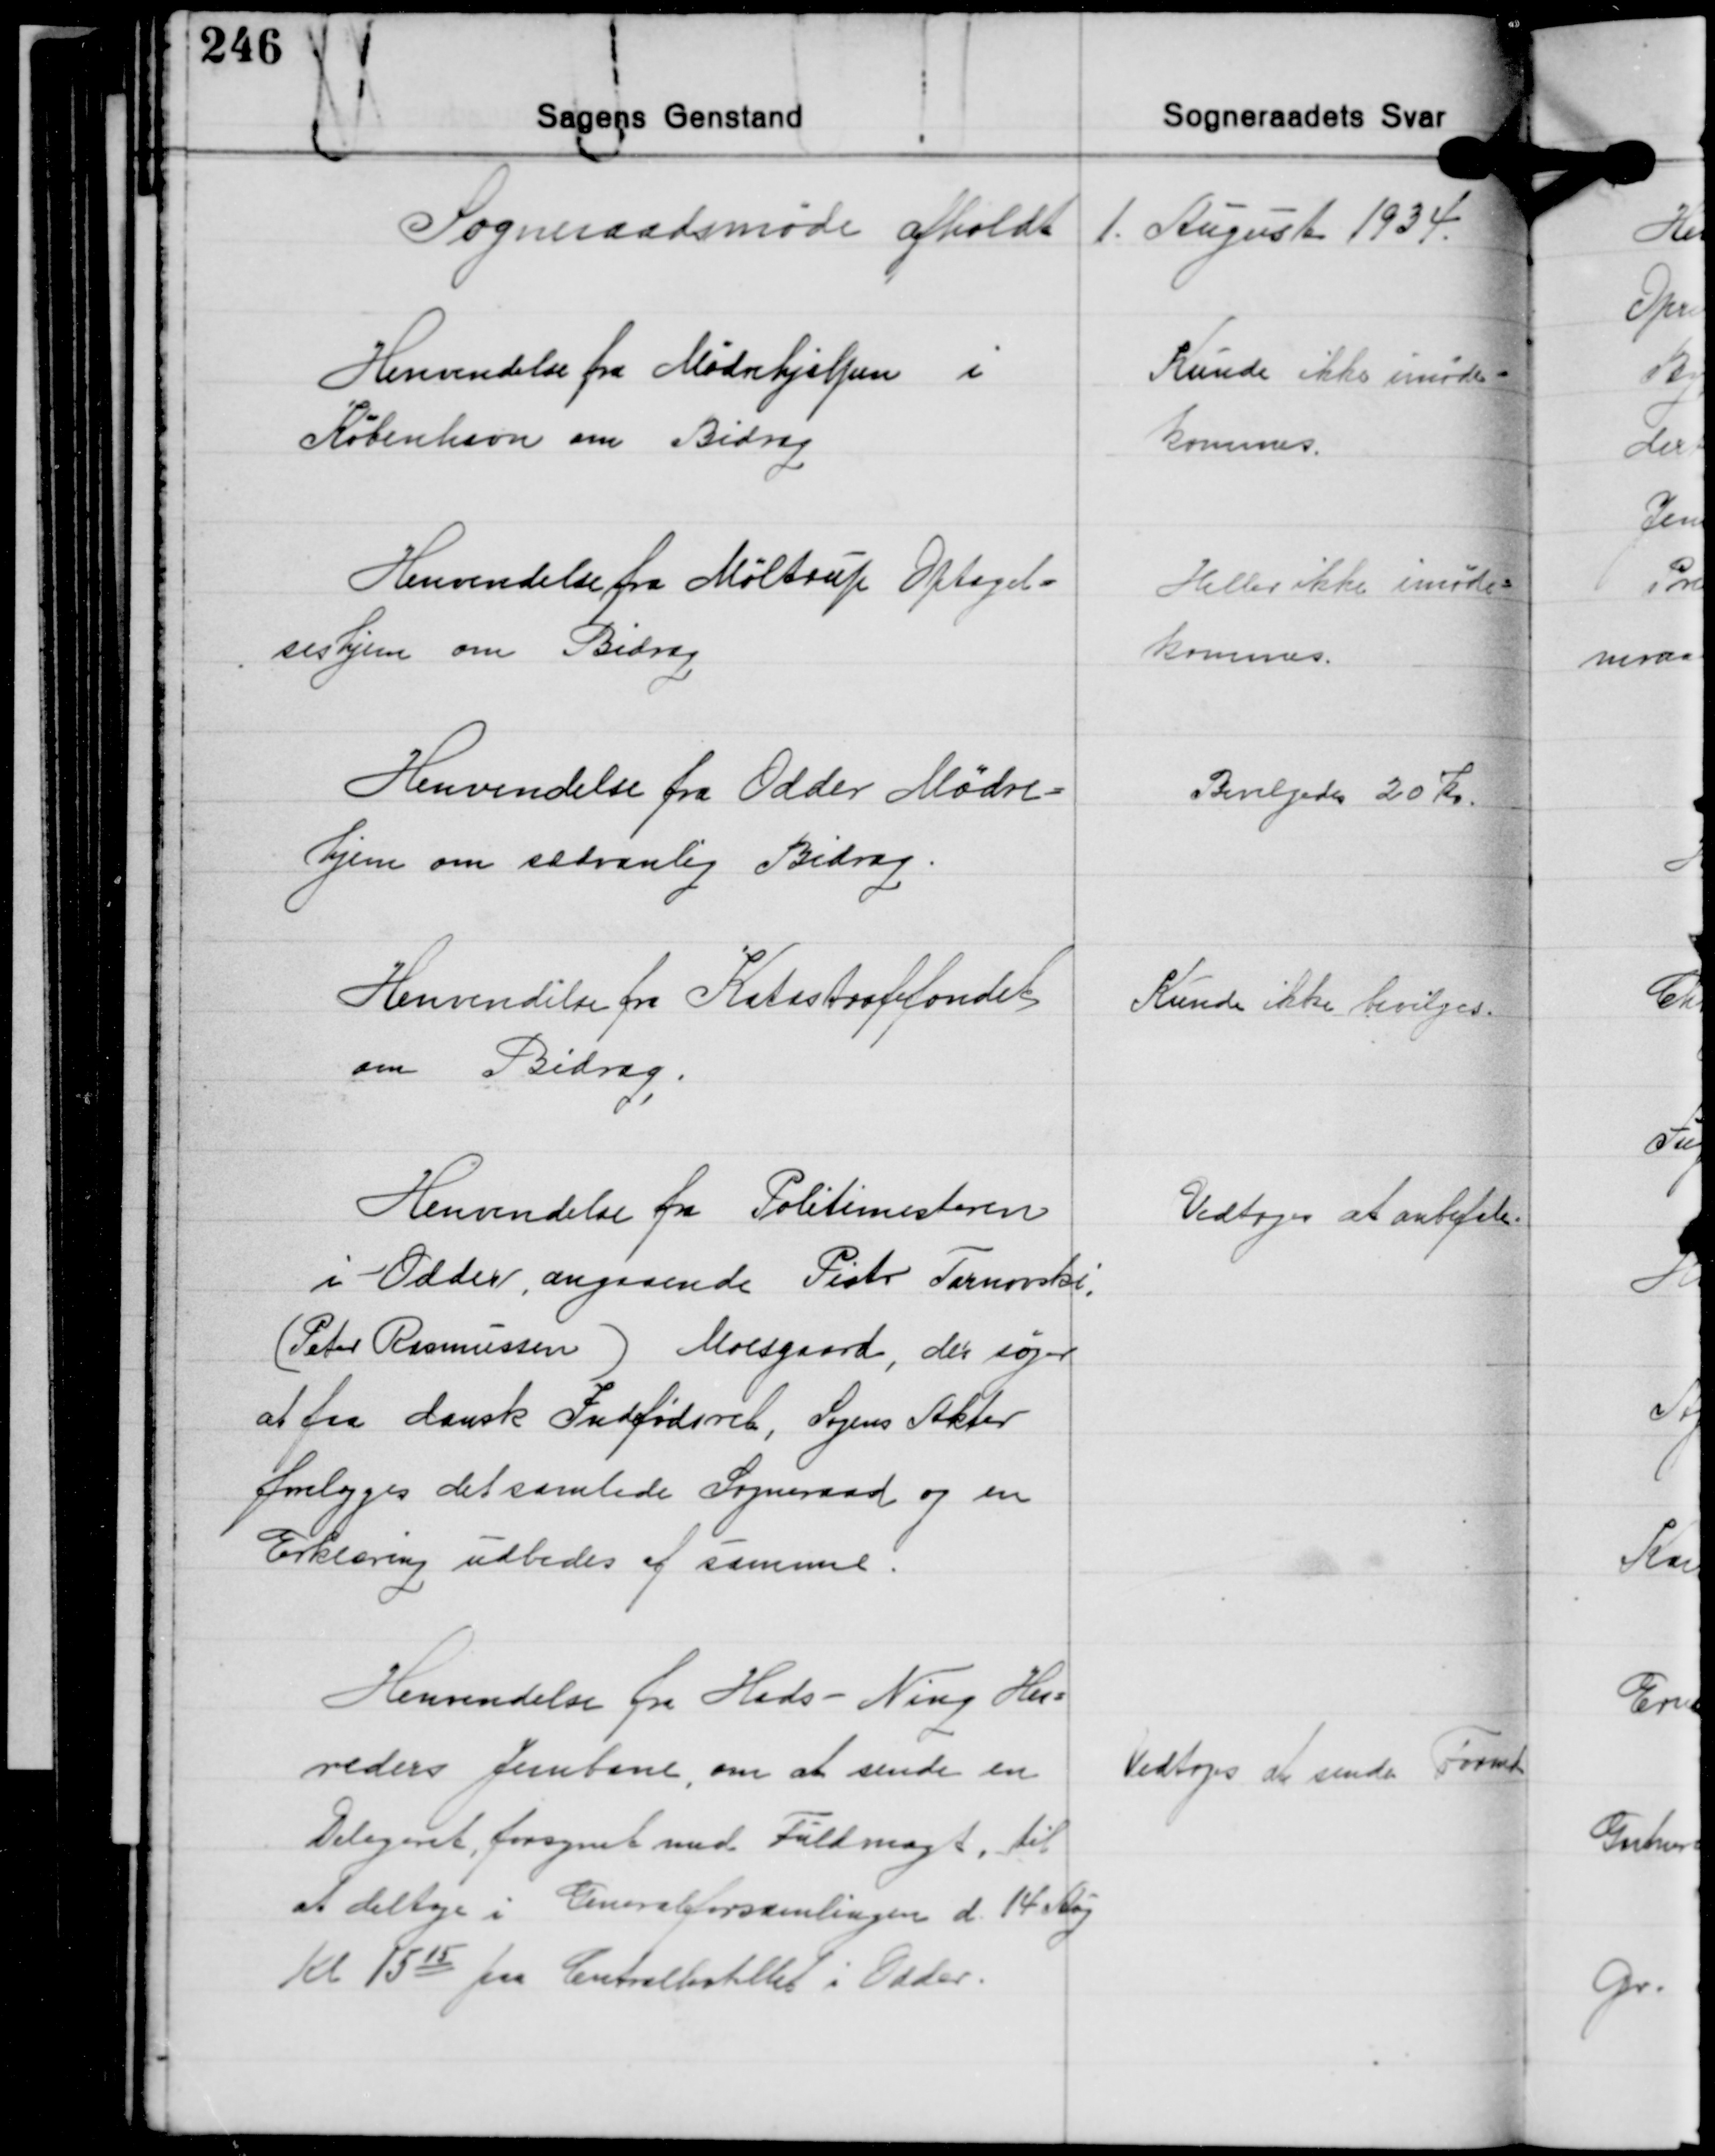
Transskription:
Sogneraadsmøde afholdt 1. August 1934.

Henvendelse fra Mødrehjælpen i
København om Bidrag

Kunde ikke imøde-
kommes.

Henvendelse fra Møltrup Optagel-
seshjem om Bidrag

Heller ikke imøde-
kommes.

Henvendelse fra Odder Mødre-
hjem om sædvanlig Bidrag

Bevilgedes 20 Kr.

Henvendelse fra Katastrofefondet
om Bidrag.

Kunde ikke bevilges.

Henvendelse fra Politimesteren
i Odder, angaaende Piotr Tarnovski,
(Peter Rasmussen) Moesgaard, der søger
at faa dansk Indfødsret, Sagens Akter
forelægges det samlede Sogneraad og en
Erklæring udbedes af samme.

Vedtoges at anbefale.

Henvendelse fra Hads - Ning Her-
reders Jerbane, om at sende en
Delegeret forsynet med Fuldmagt, til
at deltage i Generalforsamlingen d. 14 Aug.
Kl. 1515 paa Centralhotellet i Odder.

Vedtoges er sende Formd.